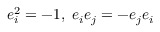
e _ { i } ^ { 2 } = - 1 , \; e _ { i } e _ { j } = - e _ { j } e _ { i }